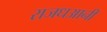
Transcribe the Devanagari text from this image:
राजधआनी